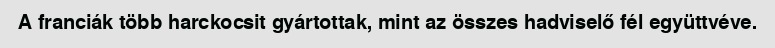
A franciák több harckocsit gyártottak, mint az összes hadviselő fél együttvéve.